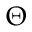
\Theta